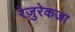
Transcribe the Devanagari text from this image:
रेज़ुरेकजा